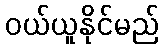
ဝယ်ယူနိုင်မည်